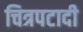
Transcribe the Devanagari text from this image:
चित्रपटादी